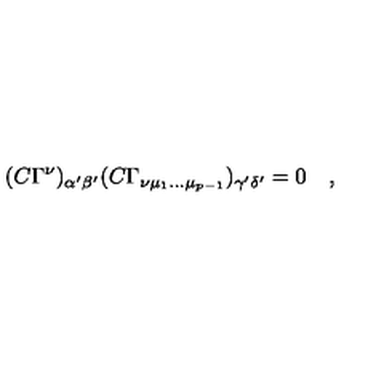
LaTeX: ( C \Gamma ^ { \nu } ) _ { \alpha ^ { \prime } \beta ^ { \prime } } ( C \Gamma _ { \nu \mu _ { 1 } \dots \mu _ { p - 1 } } ) _ { \gamma ^ { \prime } \delta ^ { \prime } } = 0 \quad ,